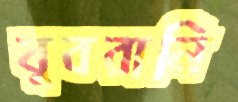
যুবরানি